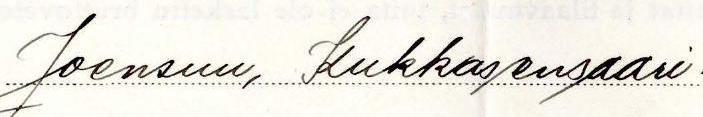
Joensuu, Kukkasensaari